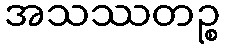
အသဿတဉ္စ